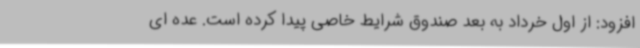
افزود: از اول خرداد به بعد صندوق شرایط خاصی پیدا کرده است. عده ای